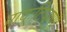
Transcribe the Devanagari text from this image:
प्रायःटिपण्णी